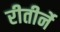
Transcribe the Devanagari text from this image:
रीतीर्ने